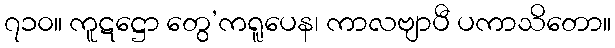
၇၁၀။ ကူဋဋ္ဌော တွေ’ကရူပေန၊ ကာလဗျာပီ ပကာသိတော။